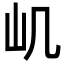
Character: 㞦